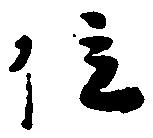
位